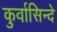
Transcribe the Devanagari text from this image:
कुर्वासिन्दे